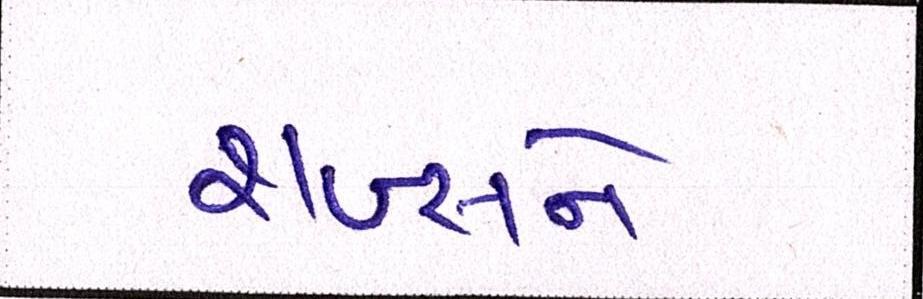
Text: શખ્સને